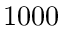
1 0 0 0